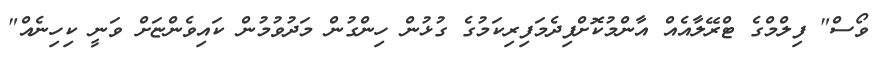
ވޯސް" ފިލްމްގެ ޓްރޭލާއެއް އާންމުކޮށްފިދެމަފިރިކަމުގެ ގުޅުން ހިންގުން މަދުވުމުން ކައިވެންޏަށް ވަނީ ކިހިނެއް"